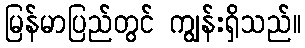
မြန်မာပြည်တွင် ကျွန်းရှိသည်။